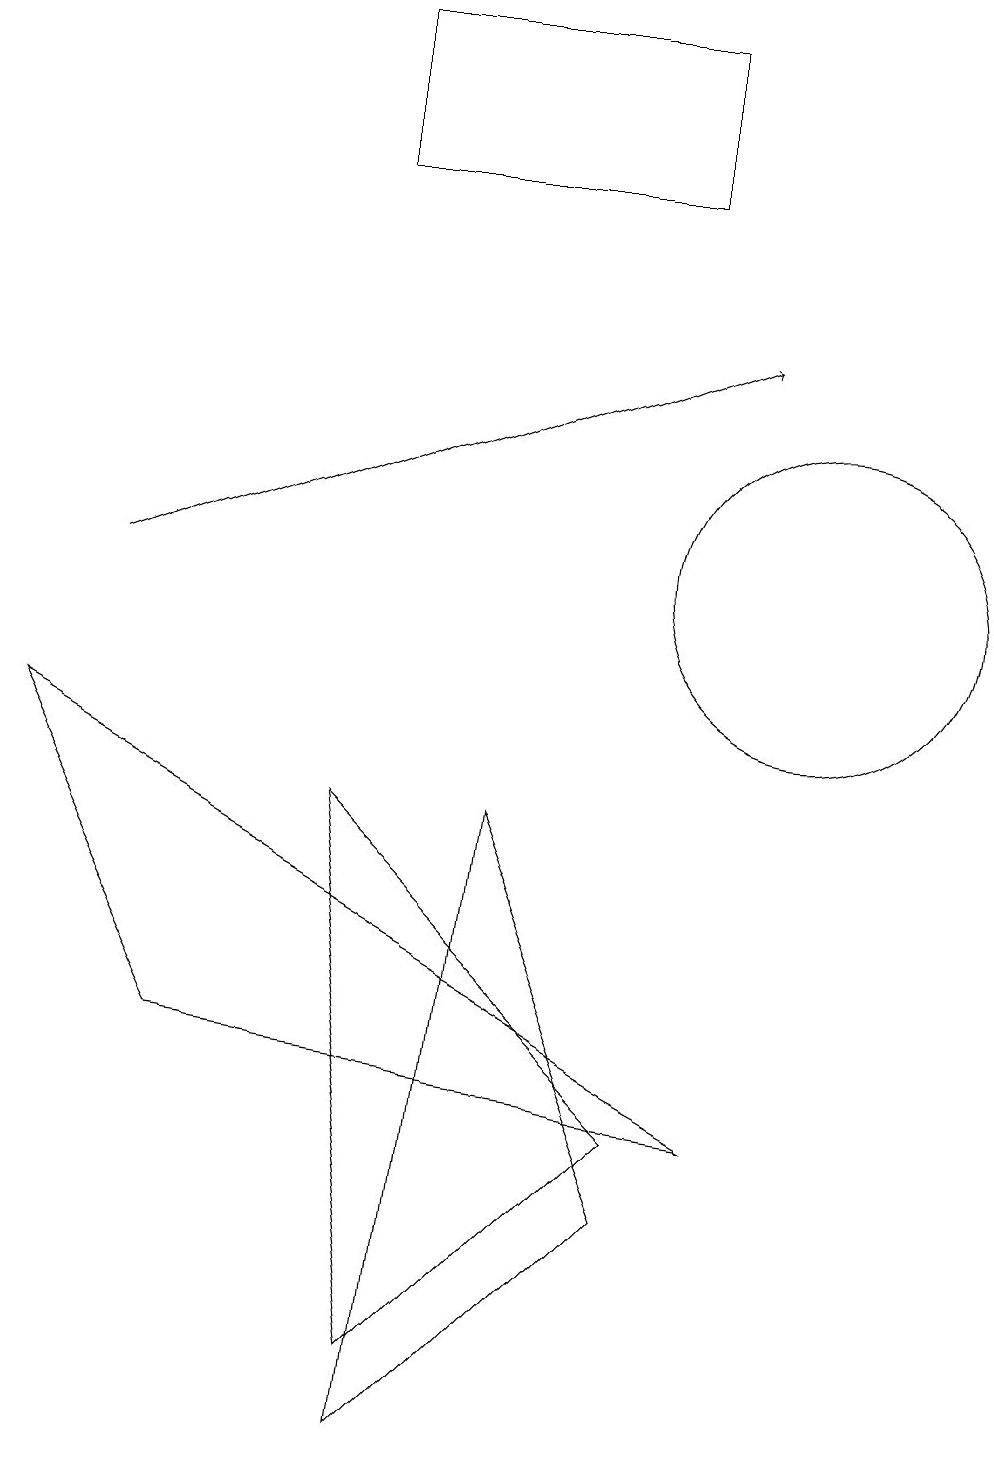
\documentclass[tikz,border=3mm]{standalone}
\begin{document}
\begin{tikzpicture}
\draw (10,11) circle (2);
\draw (5,0) -- (8,3) -- (6,8) -- cycle;
\draw[->] (1,11) -- (9,14);
\draw (4,16) rectangle (8,18);
\draw (4,8) -- (8,4) -- (5,1) -- cycle;
\draw (2,5) -- (0,9) -- (9,4) -- cycle;
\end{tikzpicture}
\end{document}